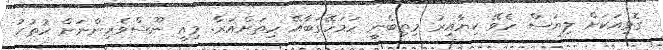
ގޮޅިއަކަށް ލިޔަސް ހެވޭ ކިޔާއިރު މިތިބެނީ ހަމަހޭގަބާއޭ ހިތަށްއަރާ. މިއީ ނޫސްވެރިންނަށް ހުތުރު